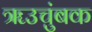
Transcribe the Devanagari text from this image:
ॠउचुंबक